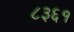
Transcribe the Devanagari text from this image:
८३६१